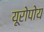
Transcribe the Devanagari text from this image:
यूरोपोय